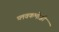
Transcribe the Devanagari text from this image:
प्लवकभोजी